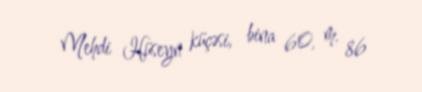
Mehdi Hüseyn küçəsi, bina 60, m. 86